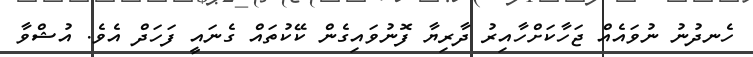
ހެނދުނު ނުވައެއް ޖަހާކަށްހާއިރު ދާރިޔާ ފޮނުވައިގެން ކޭކުތައް ގެނައީ ފަހަދް އެވެ. އުޝްވާ